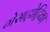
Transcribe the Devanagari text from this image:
गेसट्रोट्रिका